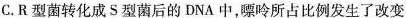
C.R型菌转化成S型菌后的DNA中，嘌呤所占比例发生了改变